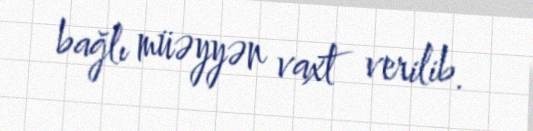
bağlı müəyyən vaxt verilib.